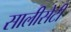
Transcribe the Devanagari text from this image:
सालीसेटी